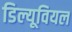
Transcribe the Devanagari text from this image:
डिल्यूवियल